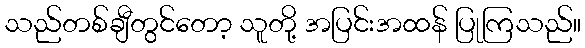
သည်တစ်ချီတွင်တော့ သူတို့ အပြင်းအထန် ပြုကြသည်။